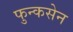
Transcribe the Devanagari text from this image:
फुन्कसेन